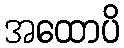
အထောပိ